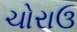
ચોરાઉ